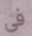
فى